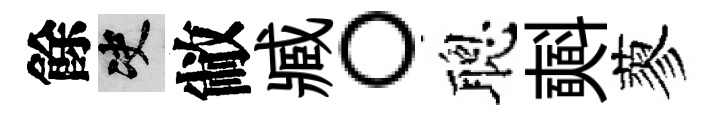
餘决敝臧。聰𣂏蓼